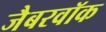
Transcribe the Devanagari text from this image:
जैबरवॉक